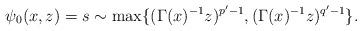
LaTeX: \begin{align*} \psi_0(x,z) = s \sim \max\{ (\Gamma(x)^{-1}z)^{p'-1}, (\Gamma(x)^{-1}z)^{q'-1}\}.\end{align*}